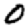
Digit: 0